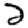
Digit: 2